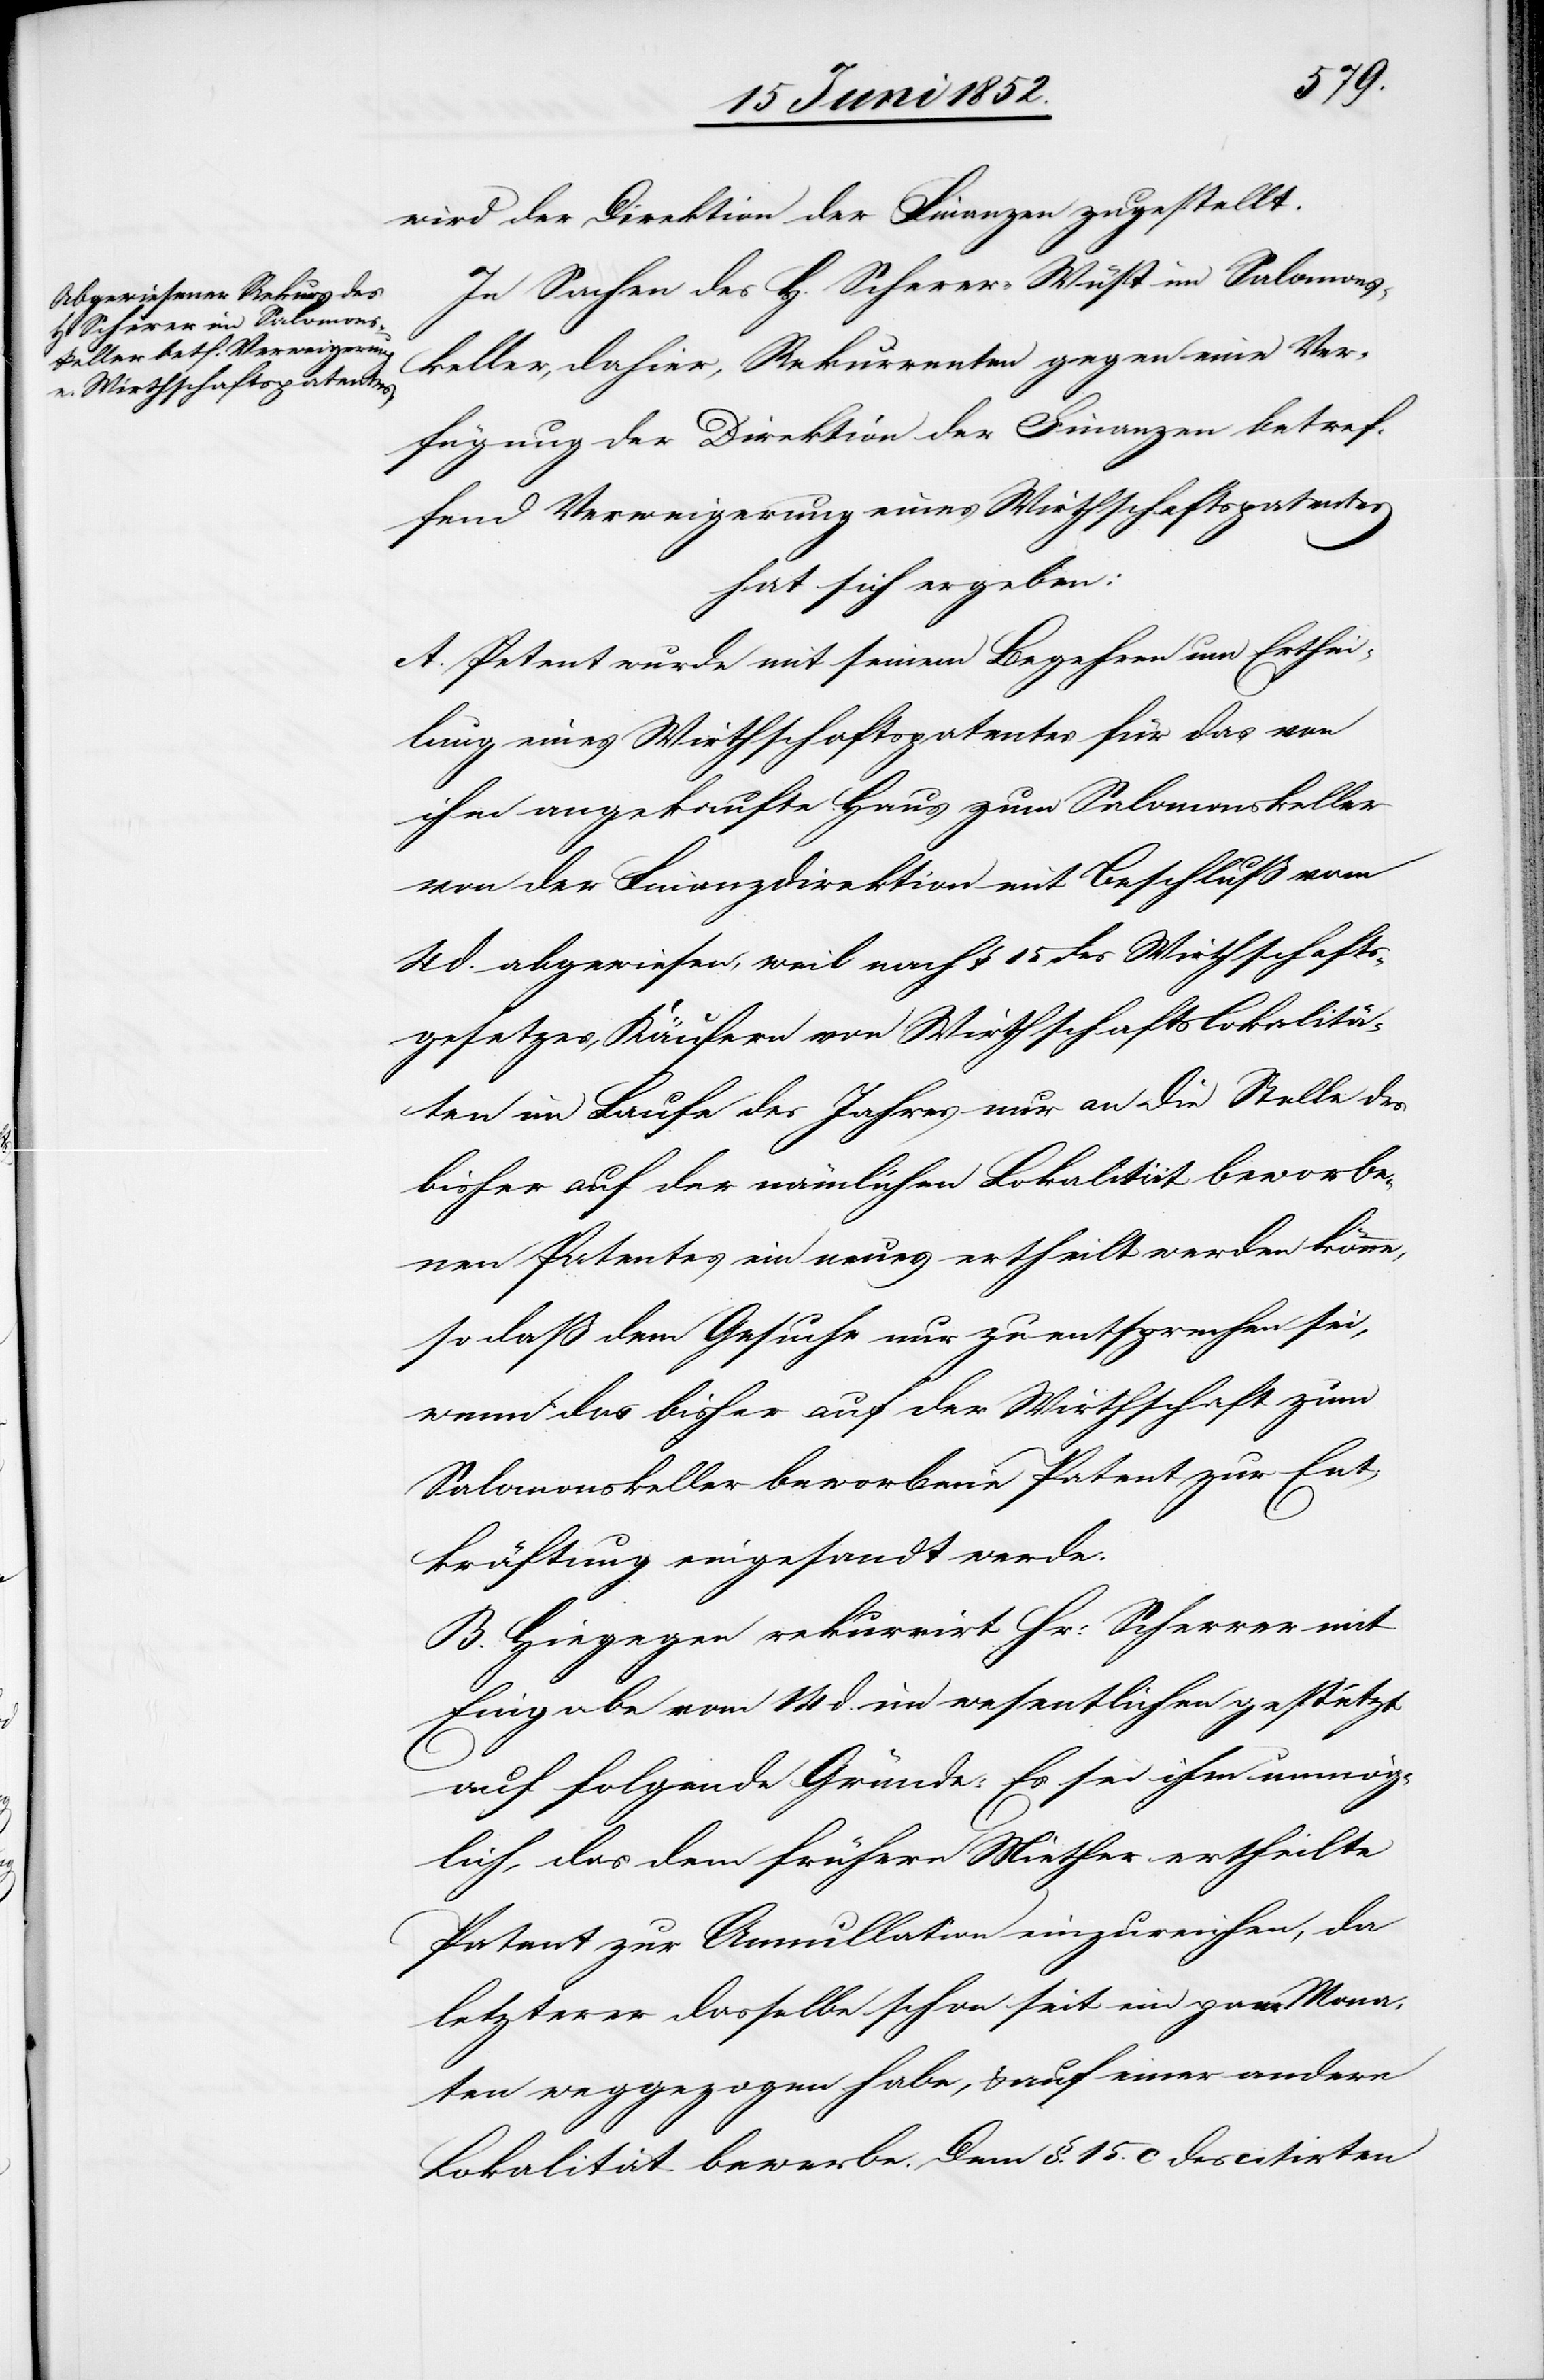
wird der Direktion der Finanzen zugestellt.
In Sachen des H. Scherer-Wüst im Salomons¬
keller, dahier, Rekurrenten gegen eine Ver¬
fügung der Direktion der Finanzen betref¬
fend Verweigerung eines Wirthschaftspatentes
hat sich ergeben:
A. Petent wurde mit seinem Begehren um Erthei¬
lung eines Wirthschaftspatentes für das von
ihm angekaufte Haus zum Salomonskeller
von der Finanzdirektion mit Beschluß vom
4 d. abgewiesen, weil nach § 15 des Wirthschafts¬
gesetzes, Käufern von Wirthschaftslokalitä¬
ten im Laufe des Jahres nur an die Stelle des
bisher auf der nämlichen Lokalität beworbe¬
nen Patentes ein neues ertheilt werden könne,
so daß dem Gesuche nur zu entsprechen sei,
wenn das bisher auf der Wirthschaft zum
Salomonskeller beworbene Patent zur Ent¬
kräftung eingesandt werde.
B. Hiegegen rekurrirt Hr: Scherrer [sic!]
Eingabe vom 14 d. im wesentlichen gestützt
auf folgende Gründe: Es sei ihm unmög¬
lich, das dem frühern Miether ertheilte
Patent zur Annullation einzureichen, da
letzterer dasselbe schon seit ein paar Mona¬
ten weggezogen habe, & auf einer andern
Lokalität bewerbe. Dem §. 15. c des citirten